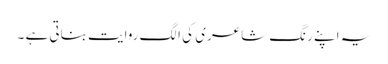
یہ اپنے رنگِ شاعری کی الگ روایت بناتی ہے ۔